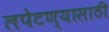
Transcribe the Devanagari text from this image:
लपेटण्यासाठी